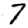
Digit: 7